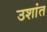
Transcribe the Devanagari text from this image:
उशांत